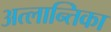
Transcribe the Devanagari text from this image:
अत्लान्तिका